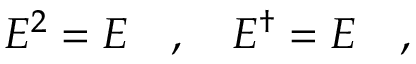
{ \cal E } ^ { 2 } = { \cal E } \ \ \ , \ \ \ { \cal E } ^ { \dagger } = { \cal E } \ \ \ ,